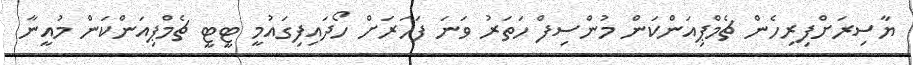
ޔާސިރަށްފިރިހެން ޗެމްޕިއަންކަން މުންސިފް ހަތަރު ވަނަ ފަހަރަށް ހޯދައިފިގައުމީ ޓީޓީ ޗެމްޕިއަންކަން މުއީނާ